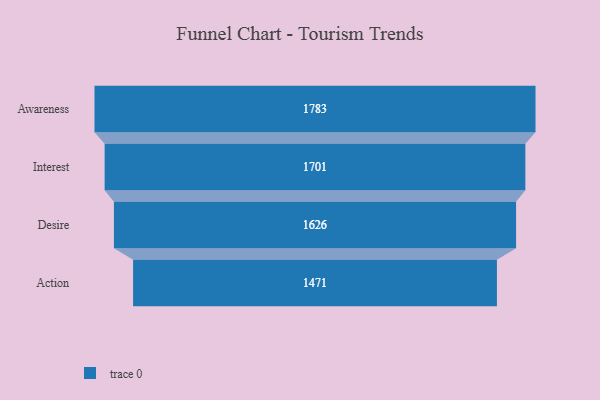
{"axis": {"x": "Stage", "y": "Value"}, "legend": [""], "data": [{"x": "Awareness", "y": 1783.0, "type": ""}, {"x": "Interest", "y": 1701.0, "type": ""}, {"x": "Desire", "y": 1626.0, "type": ""}, {"x": "Action", "y": 1471.0, "type": ""}]}